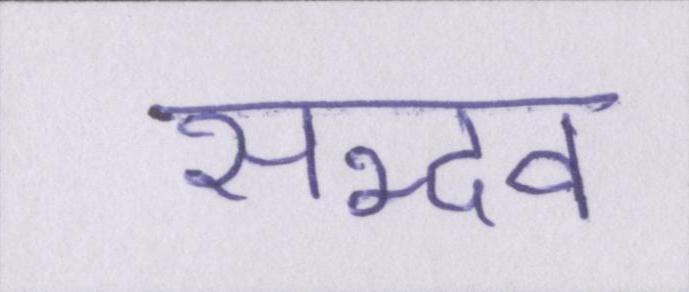
सद्भव